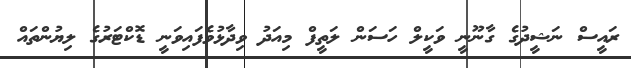
ރައީސް ނަޝީދުގެ ގާނޫނީ ވަކީލް ހަސަން ލަތީފް މިއަދު ވިދާޅުވެފައިވަނީ ޑޮކްޓަރުގެ ލިޔުންތައް